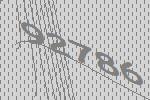
92786